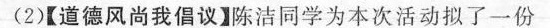
(2)【道德风尚我倡议】陈洁同学为本次活动拟了一份